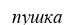
пушка